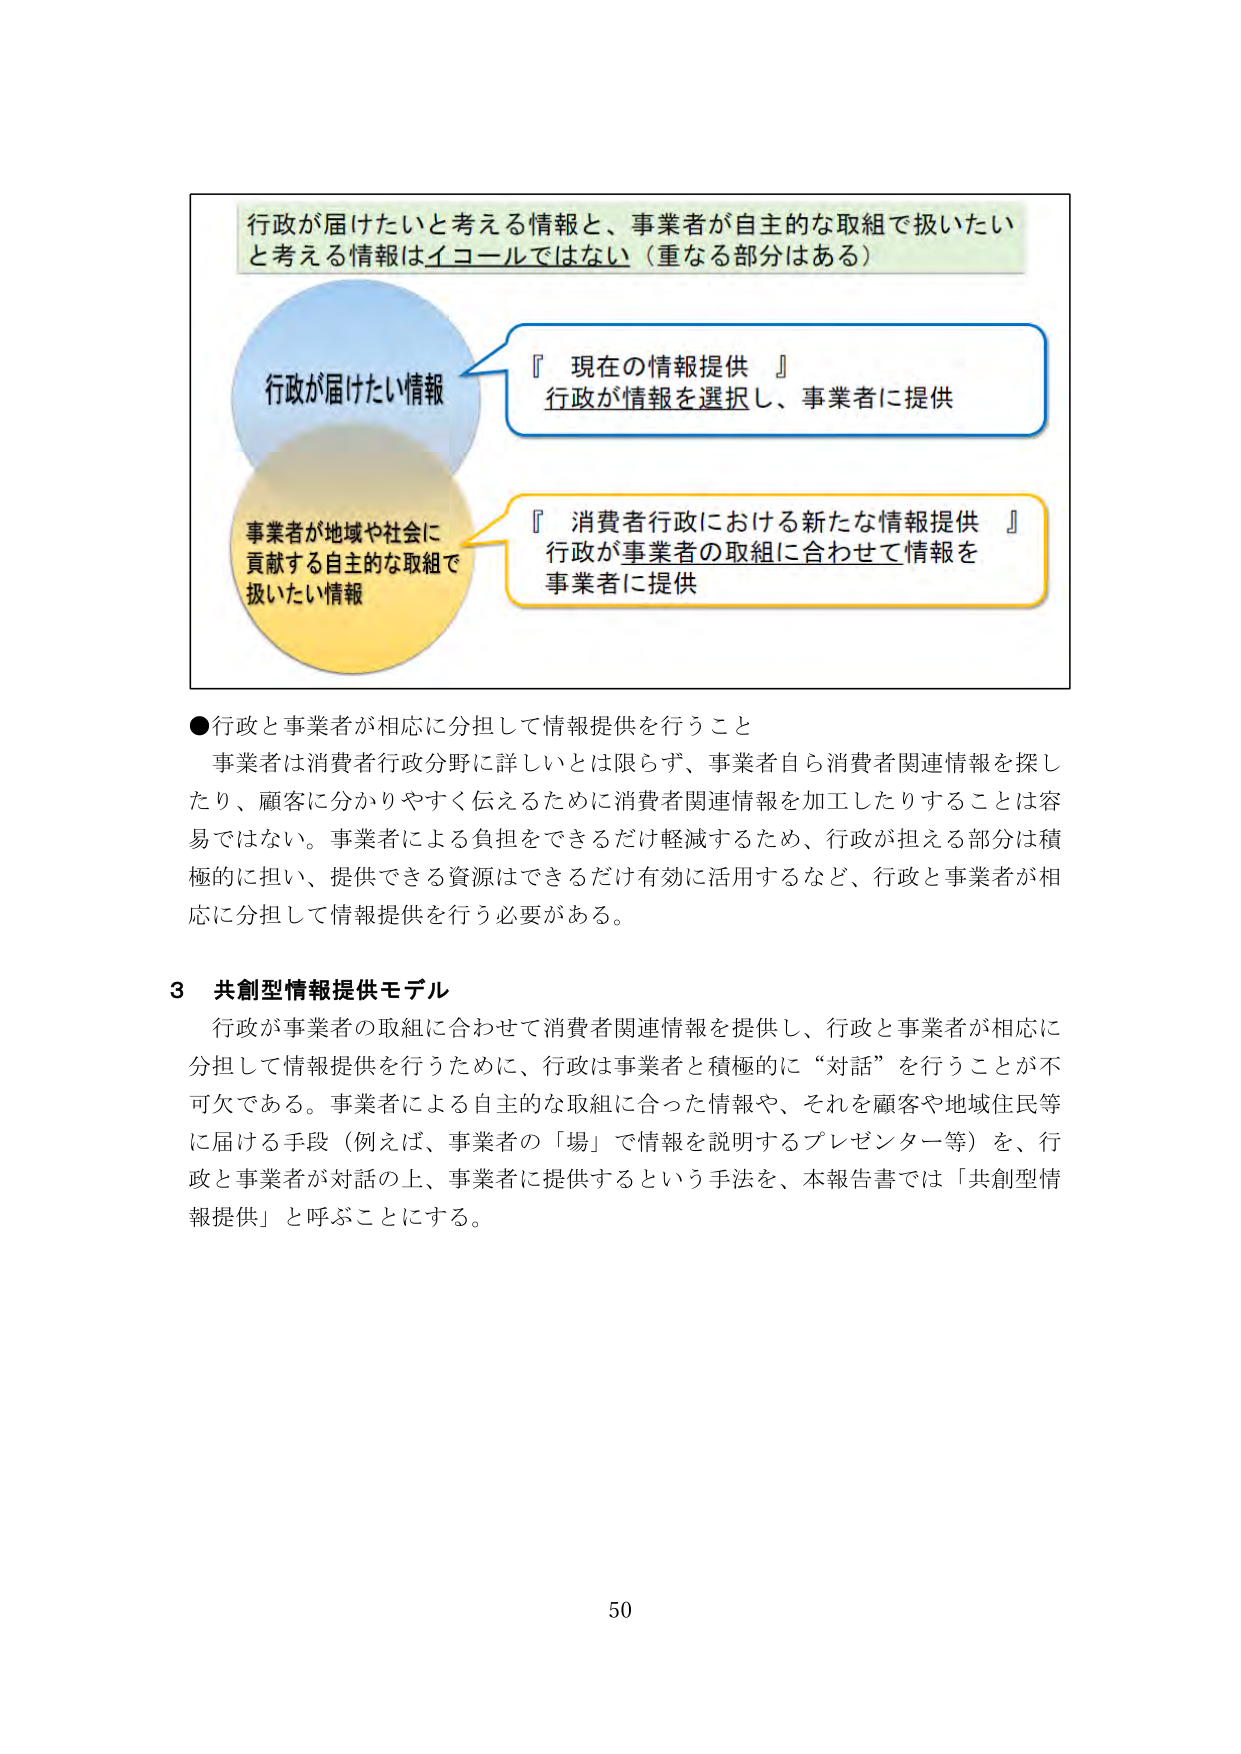
行政が届けたいと考える情報と、事業者が自主的な取組で扱いたいと考える情報はイコールではない（重なる部分はある）

行政が届けたい情報

『現在の情報提供』
行政が情報を選択し、事業者に提供

事業者が地域や社会に貢献する自主的な取組で扱いたい情報

『消費者行政における新たな情報提供』
行政が事業者の取組に合わせて情報を事業者に提供

●行政と事業者が相応に分担して情報提供を行うこと
事業者は消費者行政分野に詳しいとは限らず、事業者自ら消費者関連情報を探したり、顧客に分かりやすく伝えるために消費者関連情報を加工したりすることは容易ではない。事業者による負担をできるだけ軽減するため、行政が担える部分は積極的に担い、提供できる資源はできるだけ有効に活用するなど、行政と事業者が相応に分担して情報提供を行う必要がある。

3 共創型情報提供モデル
行政が事業者の取組に合わせて消費者関連情報を提供し、行政と事業者が相応に分担して情報提供を行うために、行政は事業者と積極的に“対話”を行うことが不可欠である。事業者による自主的な取組に合った情報や、それを顧客や地域住民等に届ける手段（例えば、事業者の「場」で情報を説明するプレゼンター等）を、行政と事業者が対話の上、事業者に提供するという手法を、本報告書では「共創型情報提供」と呼ぶことにする。

50